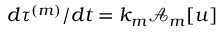
d \tau ^ { ( m ) } / d t = k _ { m } \mathcal { A } _ { m } [ u ]